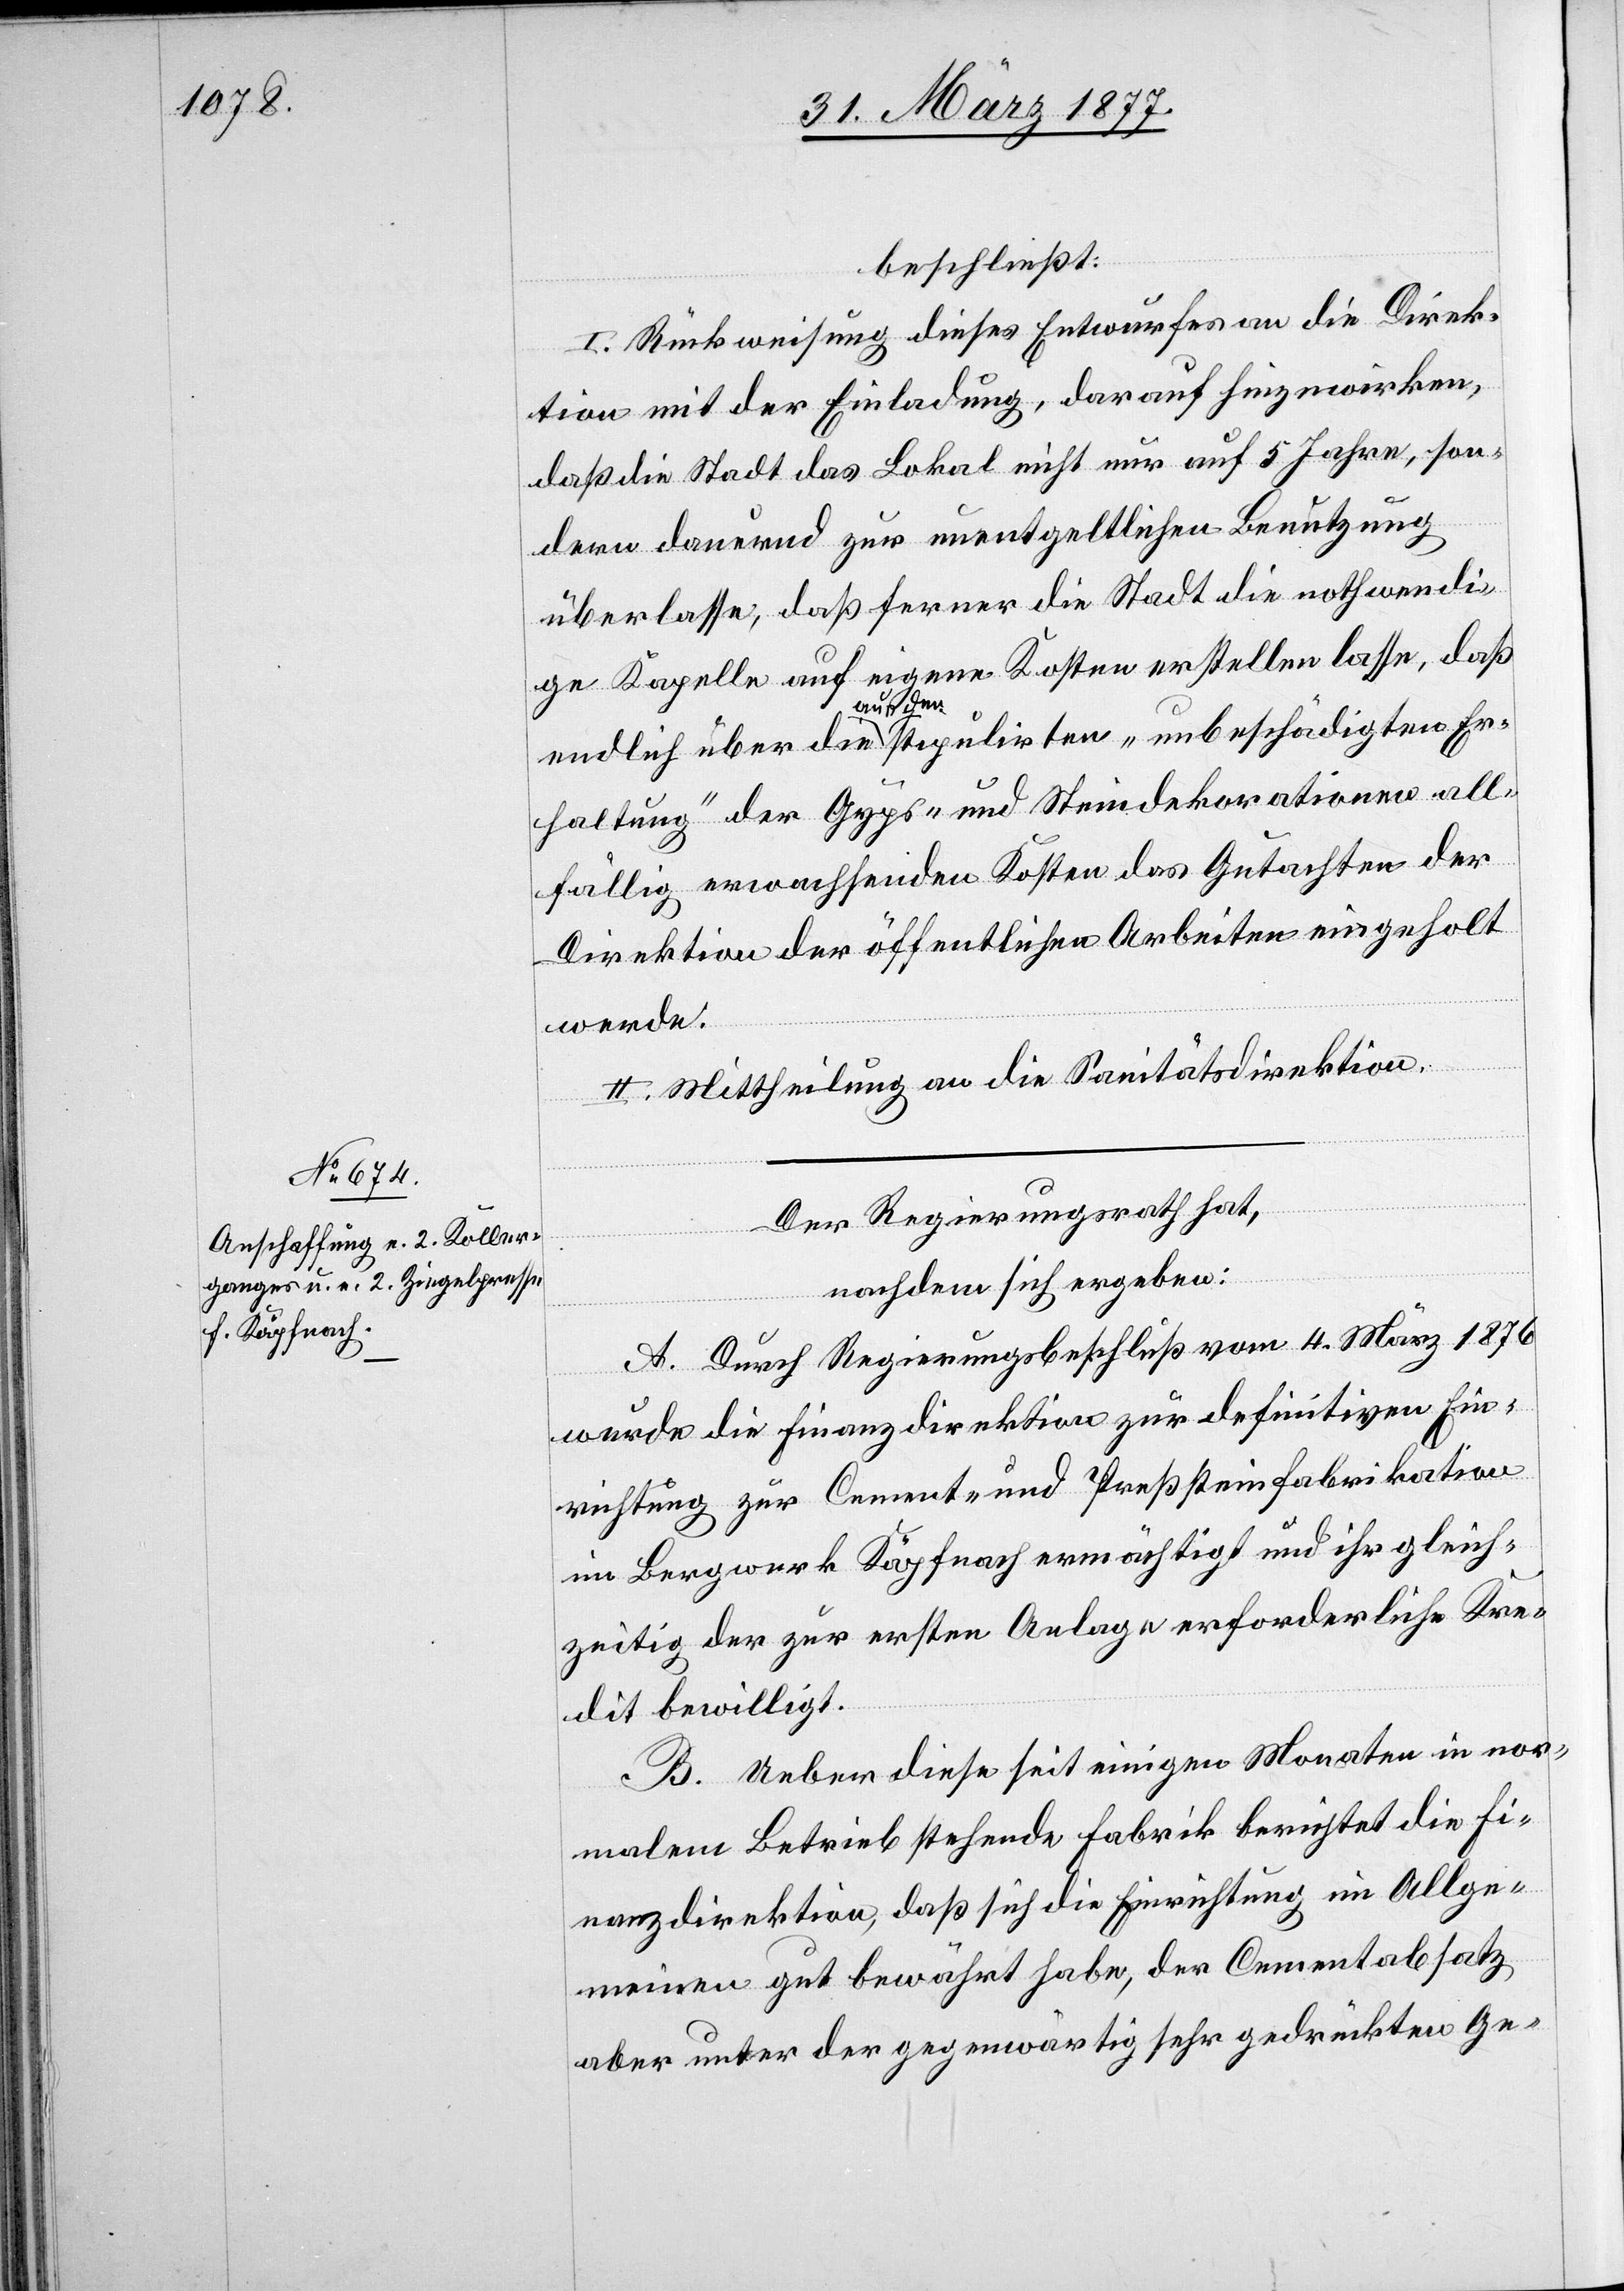
beschließt:
I. Rückweisung dieses Entwurfes an die Direk¬
tion mit der Einladung, darauf hinzuwirken,
daß die Stadt das Lokal nicht nur auf 5 Jahre, son¬
dern dauernd zur unentgeltlichen Benutzung
überlasse, daß ferner die Stadt die nothwendi¬
ge Kapelle auf eigene Kosten erstellen lasse, daß
endlich über die aus der stipulirten „unbeschädigten Er¬
haltung“ der Gyps- und Steindekorationen all¬
fällig erwachsenden Kosten das Gutachten der
Direktion der öffentlichen Arbeiten eingeholt
werde.
II. Mittheilung an die Sanitätsdirektion.
Der Regierungsrath hat,
nachdem sich ergeben:
A. Durch Regierungsbeschluß vom 4. März 1876
wurde die Finanzdirektion zur definitiven Ein¬
richtung zu Cement- und Preßsteinfabrikation
im Bergwerk Käpfnach ermächtigt und ihr gleich¬
zeitig der zur ersten Anlage erforderliche Kre¬
dit bewilligt.
B. Ueber diese seit einigen Monaten in nor¬
malem Betrieb stehende Fabrik berichtet die Fi¬
nanzdirektion, daß sich die Einrichtung im Allge¬
meinen gut bewährt habe, der Cementabsatz
aber unter der gegenwärtig sehr gedrückten Ge-